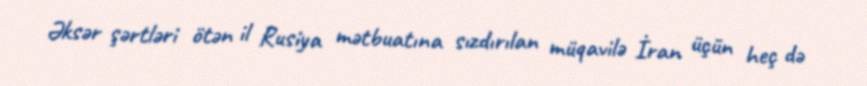
Əksər şərtləri ötən il Rusiya mətbuatına sızdırılan müqavilə İran üçün heç də